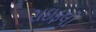
રાઇફલો